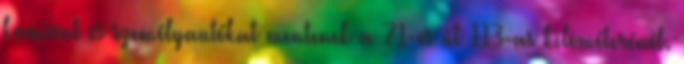
kamiont és személyautókat mentenek a 71-es út 113-as kilométerénél.